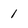
Character: 1